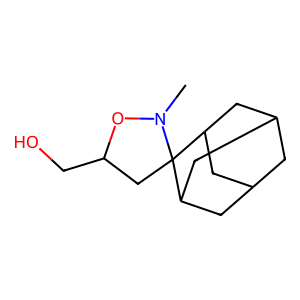
SMILES: CN1OC(CO)CC12C1CC3CC(C1)CC2C3
Inhibits HIV replication: No